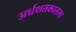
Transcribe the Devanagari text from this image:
अर्धशतकातला